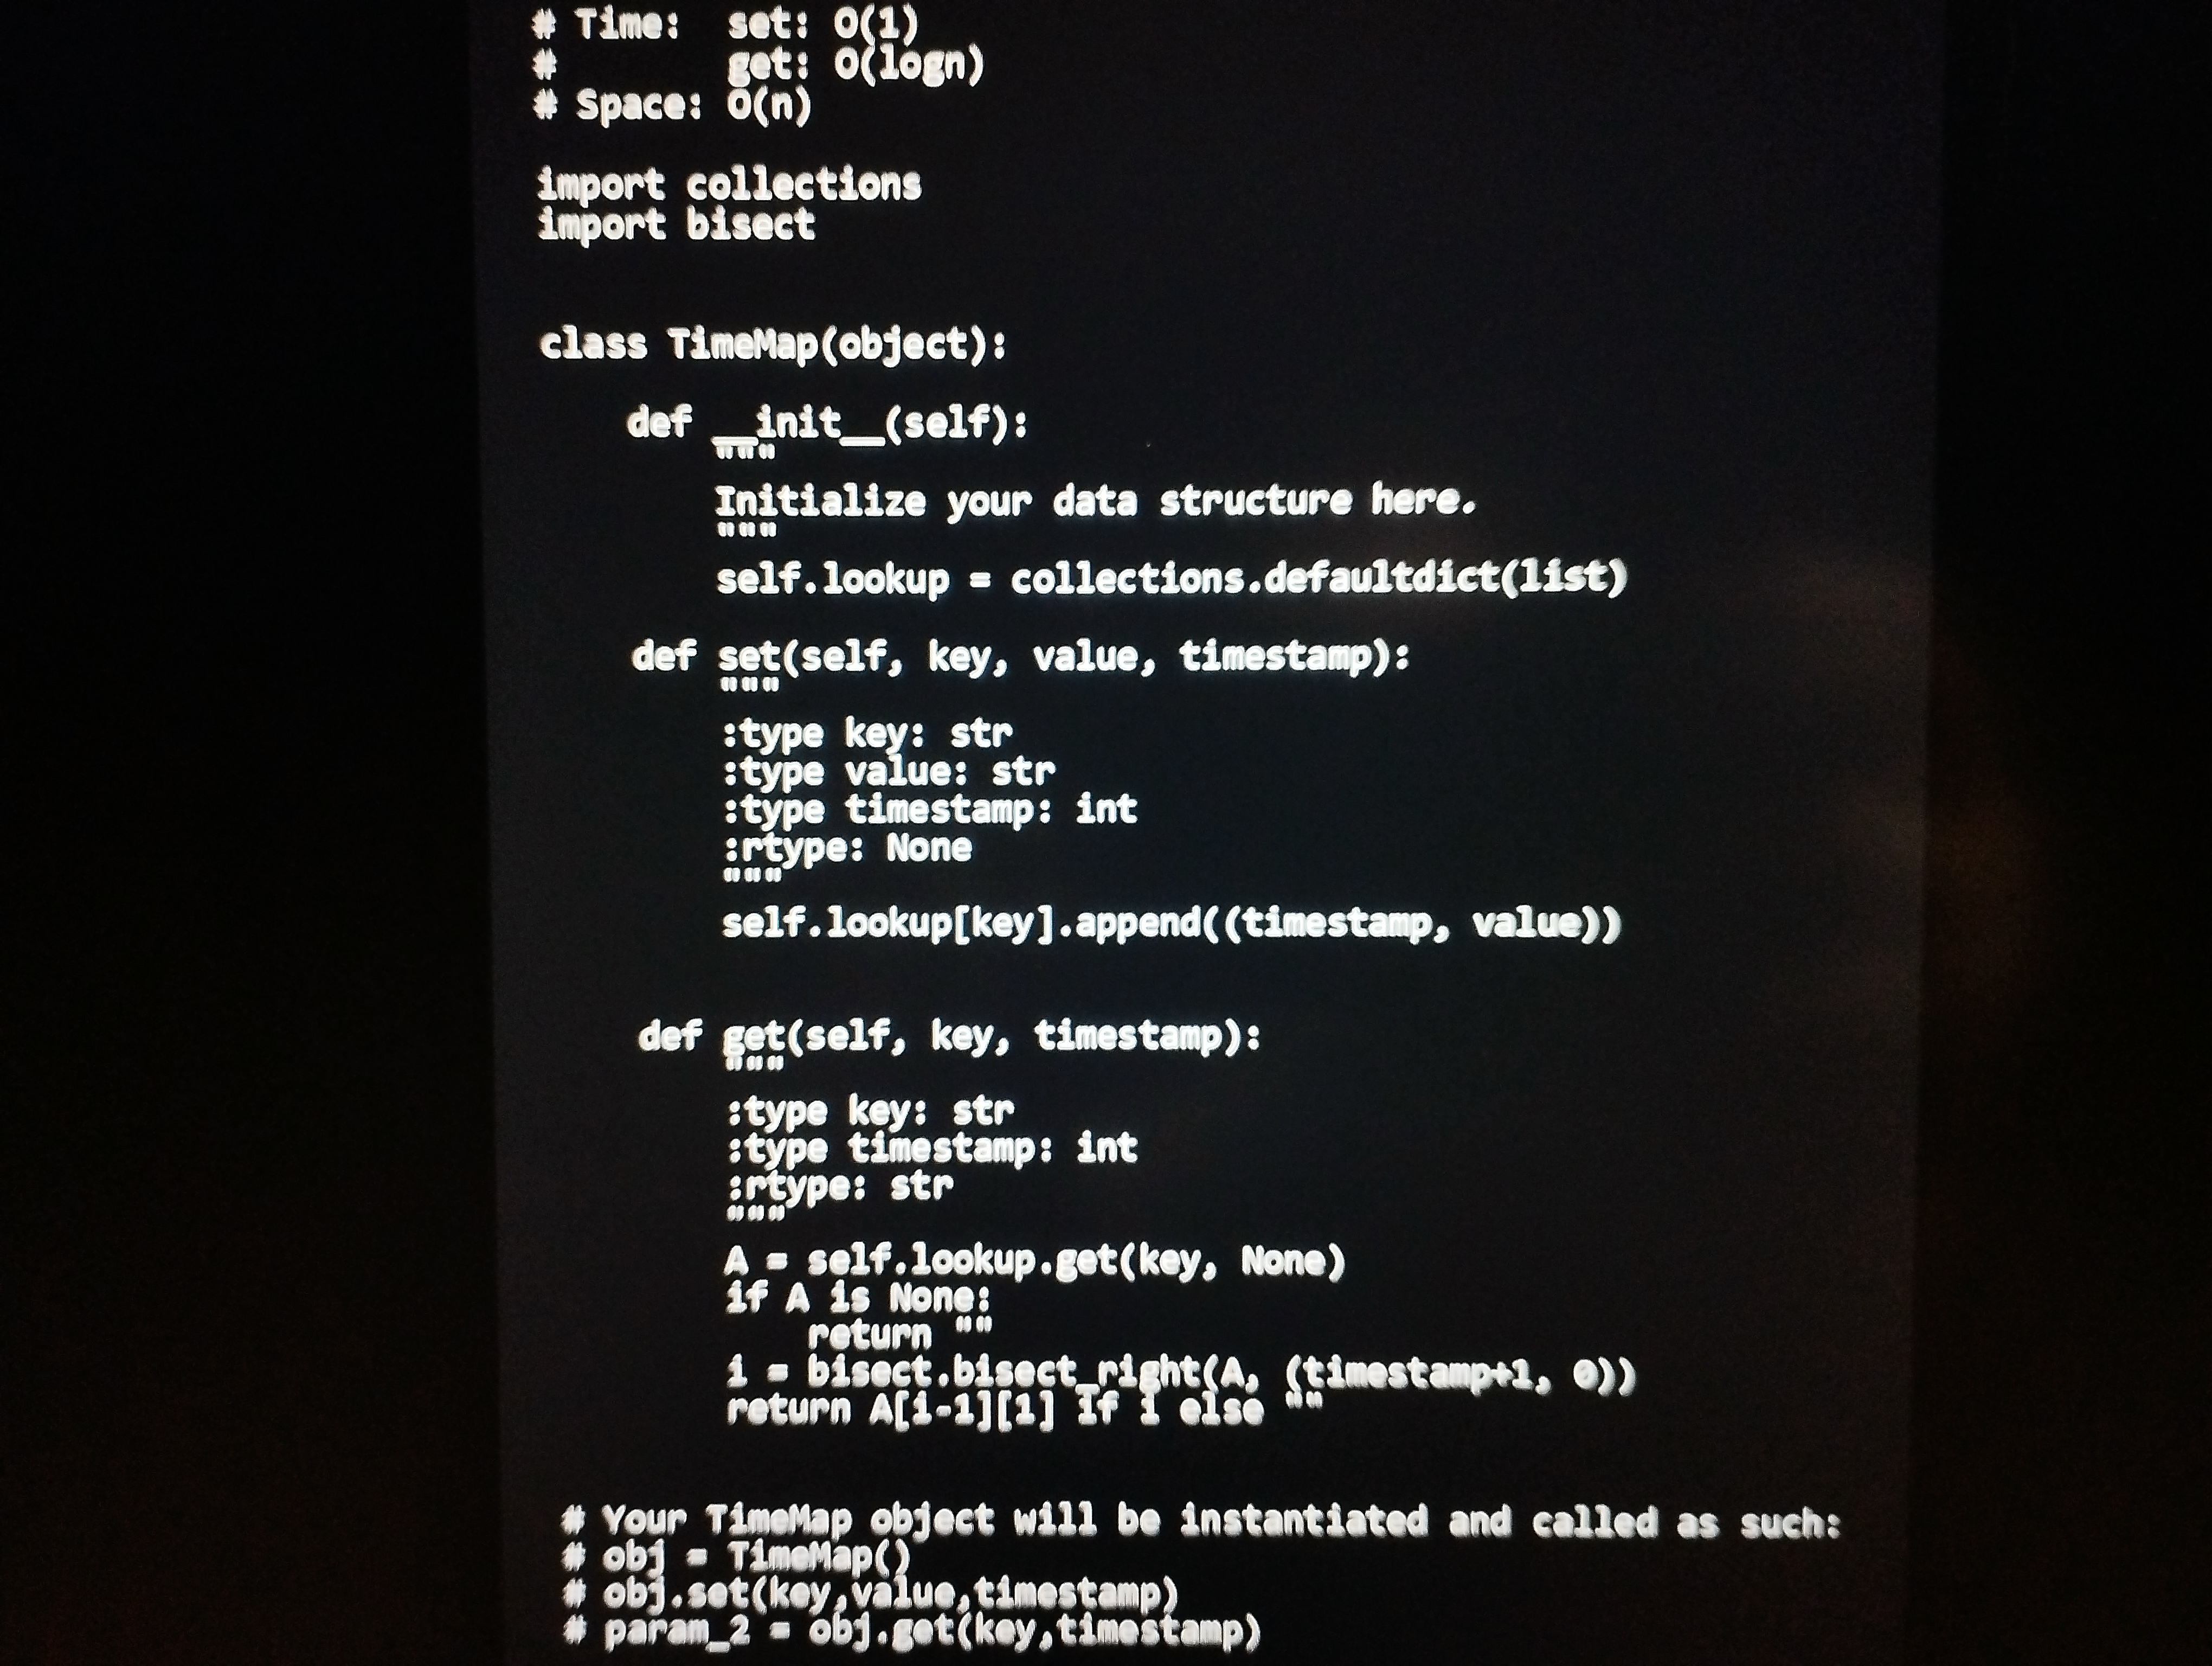
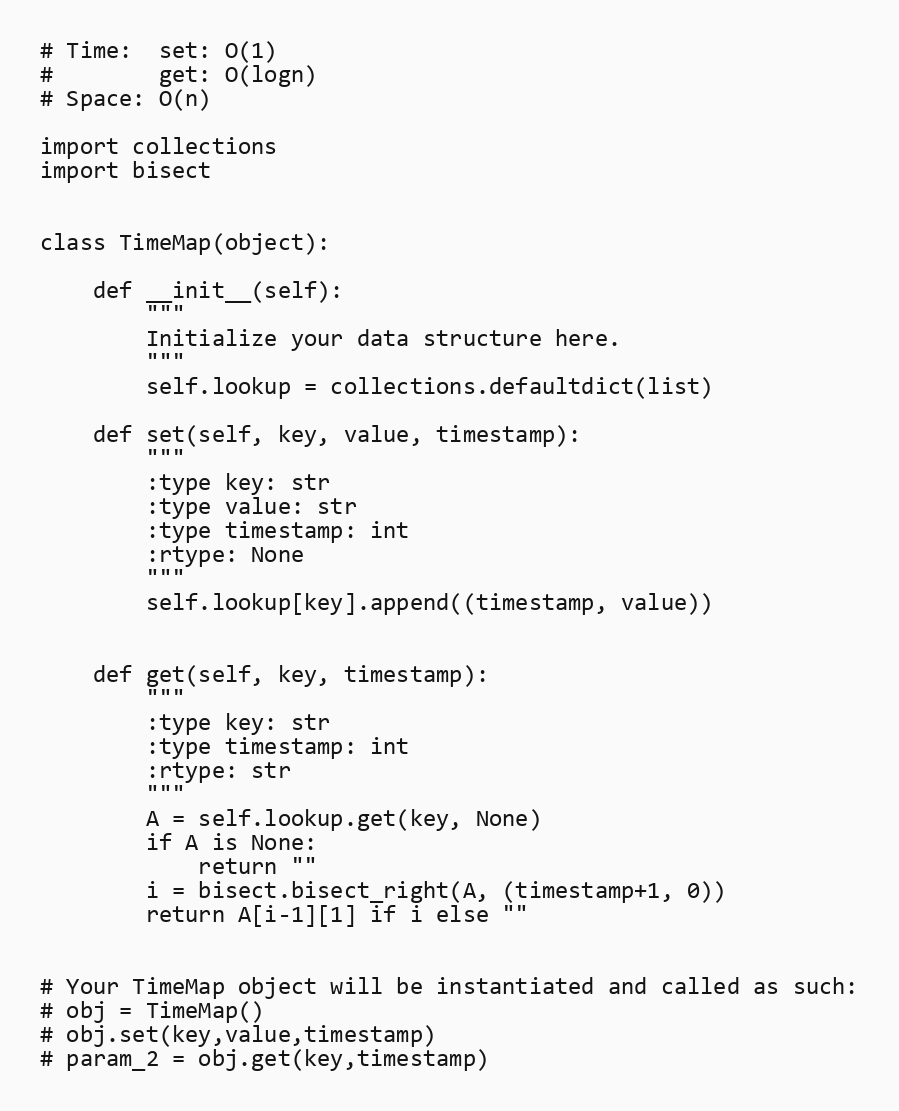
# Time:  set: O(1)
#        get: O(logn)
# Space: O(n)

import collections
import bisect

class TimeMap(object):

    def __init__(self):
        """
        Initialize your data structure here.
        """
        self.lookup = collections.defaultdict(list)

    def set(self, key, value, timestamp):
        """
        :type key: str
        :type value: str
        :type timestamp: int
        :rtype: None
        """
        self.lookup[key].append((timestamp, value))

    def get(self, key, timestamp):
        """
        :type key: str
        :type timestamp: int
        :rtype: str
        """
        A = self.lookup.get(key, None)
        if A is None:
            return ""
        i = bisect.bisect_right(A, (timestamp+1, 0))
        return A[i-1][1] if i else ""

# Your TimeMap object will be instantiated and called as such:
# obj = TimeMap()
# obj.set(key,value,timestamp)
# param_2 = obj.get(key,timestamp)